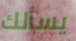
يسألك